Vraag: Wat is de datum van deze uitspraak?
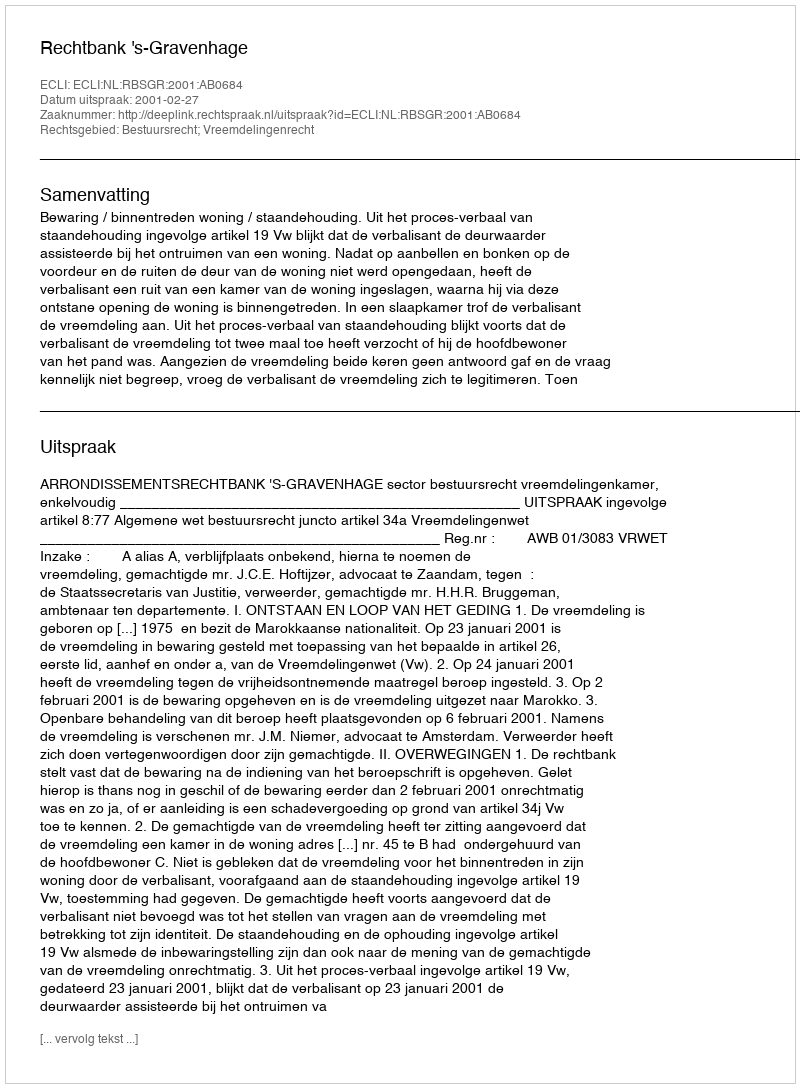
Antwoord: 2001-02-27